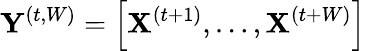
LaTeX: \mathbf{Y}^{(t,W)}=\left[\mathbf{X}^{(t+1)},\ldots,\mathbf{X}^{(t+W)}\right]